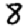
Digit: 8